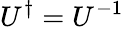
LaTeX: U^{\dagger}=U^{-1}